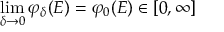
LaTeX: \operatorname* { l i m } _ { \delta \rightarrow 0 } \varphi _ { \delta } ( E ) = \varphi _ { 0 } ( E ) \in [ 0 , \infty ]